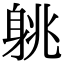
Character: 䠷